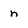
Character: n